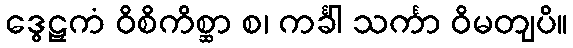
ဒွေဠှကံ ဝိစိကိစ္ဆာ စ၊ ကင်္ခါ သင်္ကာ ဝိမတျပိ။